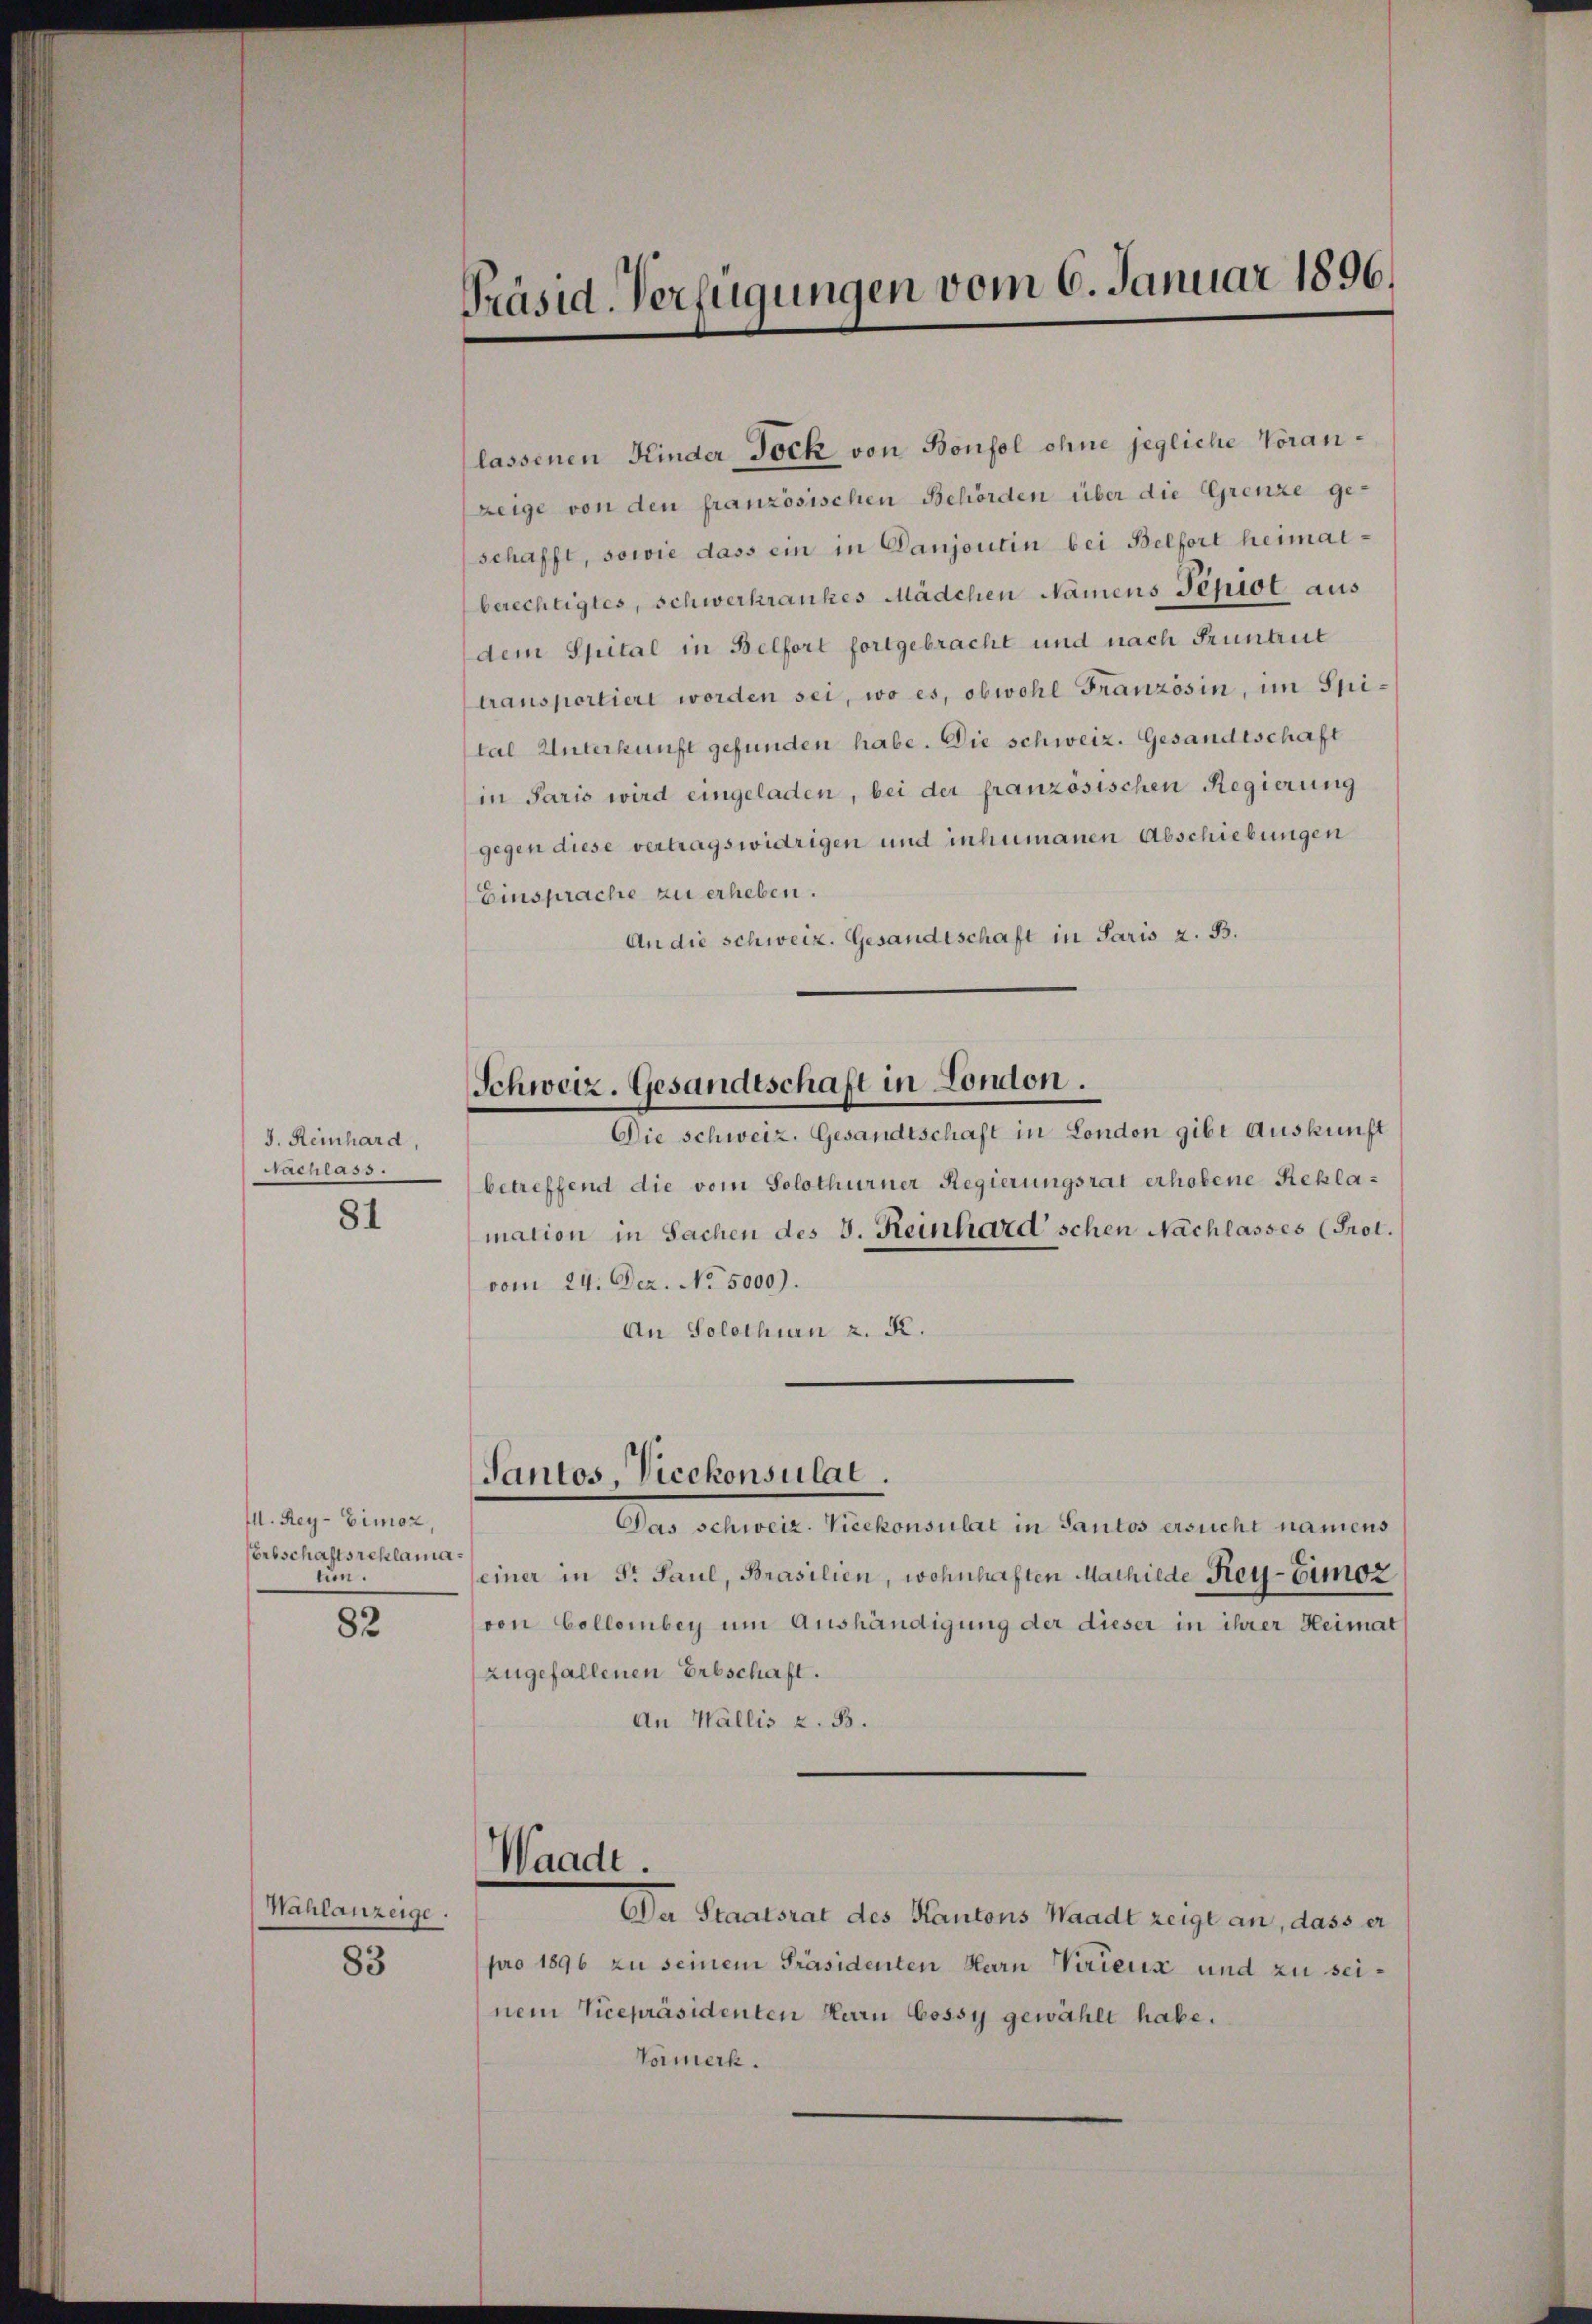
J. Reinhard,
Fachlass.

81

I. Rey-Eimoz,
Erbschaftsreklama
tun.

82

Nahlanzeige.

83

Präsid. Verfügungen vom 6. Januar 1896.

lassenen Kinder Jöck von Bonfol ohne jegliche Voranzeige von den französischen Behörden über die Grenze ge-
schafft, sowie dass ein in Danjontin bei Belfort heimatberechtigtes, schwerkrankes Mädchen Namens Tepiot aus
dem Spital in Belfort fortgebracht und nach Pruntrut
transportiert worden sei, wo es, obwohl Französin, im Spital Unterkunft gefunden habe. Die schweiz. Gesandtschaft
in Paris wird eingeladen, bei der französischen Regierung
gegen diese vertragswidrigen und inhumanen Abschiebungen
Einsprache zu erheben.
An die schweiz. Gesandtschaft in Paris z. B.
Die schweiz. Gesandtschaft in London gibt Auskunft
betreffend die vom Solothurner Regierungsrat erhobene Reklamation in Sachen des 3. Reinhard'schen Nachlasses (Prol.
vom 24. Dez. No. 5000).
An Solothurn z. R.
Pantos, Vicekonsulat.
Das schweiz. Vicekonsulat in Cantos ersucht namens
einer in St. Paul, Brasilien, wohnhaften Mathilde Rey-Eimoz
von Collomber um Aushändigung der dieser in ihrer Heimat
zugefallenen Erbschaft.
An Wallis z. B.

Schweiz. Gesandtschaft in London.

Waadt.

Da Staatsrat des Kantons Waadt zeigt an, dass er
pro 1896 zu seinem Präsidenten Hern Vorenz und zu seinem Vicepräsidenten Herrn Cossy gewählt habe.
Vormerk.